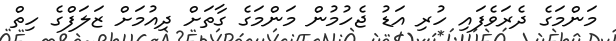
މަންމަގެ ދެރަވެފައި ހުރި އަޑު ޖެހުމުން މަންމަގެ ގާތަށް ދިއުމަށް ޒަލަފްގެ ހިތް